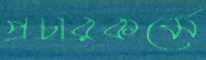
প্রচারকর্মে